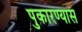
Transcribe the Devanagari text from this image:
पुकारण्यास